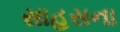
સાહસના